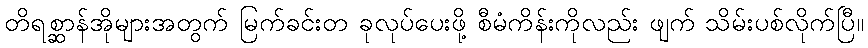
တိရစ္ဆာန်အိုများအတွက် မြက်ခင်းတ ခုလုပ်ပေးဖို့ စီမံကိန်းကိုလည်း ဖျက် သိမ်းပစ်လိုက်ပြီ။